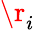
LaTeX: \r_{i}